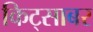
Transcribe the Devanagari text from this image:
किट्साबर